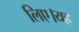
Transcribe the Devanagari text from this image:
लिए।यह